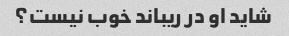
شاید او در ریباند خوب نیست؟